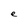
Character: e